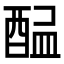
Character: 𨡇